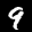
Label: 9